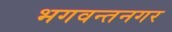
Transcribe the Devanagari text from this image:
भगवन्तनगर